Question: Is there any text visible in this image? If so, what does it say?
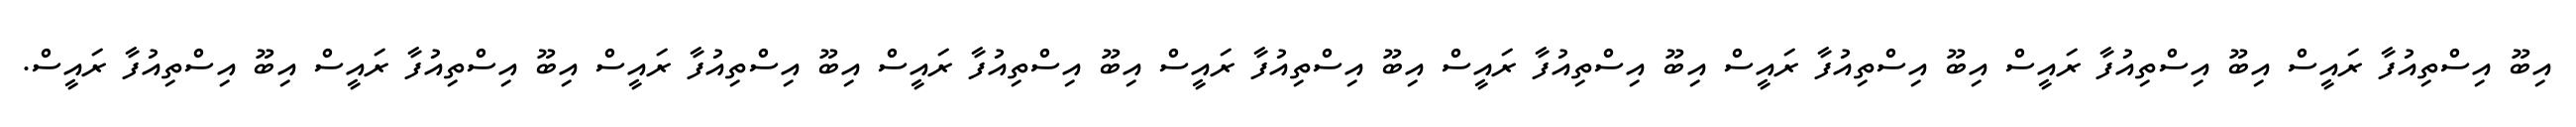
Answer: އިބޫ އިސްތިއުފާ ރައީސް އިބޫ އިސްތިއުފާ ރައީސް އިބޫ އިސްތިއުފާ ރައީސް އިބޫ އިސްތިއުފާ ރައީސް އިބޫ އިސްތިއުފާ ރައީސް އިބޫ އިސްތިއުފާ ރައީސް އިބޫ އިސްތިއުފާ ރައީސް އިބޫ އިސްތިއުފާ ރައީސް އިބޫ އިސްތިއުފާ ރައީސް.